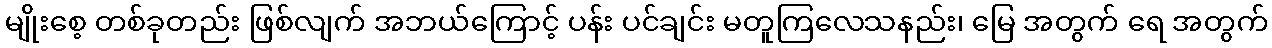
မျိုးစေ့ တစ်ခုတည်း ဖြစ်လျက် အဘယ်ကြောင့် ပန်း ပင်ချင်း မတူကြလေသနည်း၊ မြေ အတွက် ရေ အတွက်